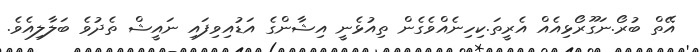
އޭތް ބުރޯ.ނަގޫރޯޅިއެއް އެރީތަ.ކިހިނެއްވެގެން ތިއުޅެނީ އިޝާންގެ އަޑުއިވިފައި ނައީޝް ތެދުވެ ބަލާލިއެވެ.